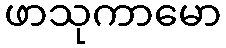
ဖာသုကာမော